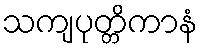
သကျပုတ္တိကာနံ